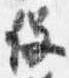
役